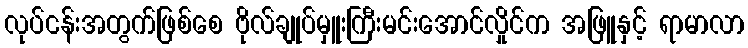
လုပ်ငန်းအတွက်ဖြစ်စေ ဗိုလ်ချုပ်မှူးကြီးမင်းအောင်လှိုင်က အဖြူနှင့် ရာမာလာ